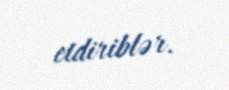
etdiriblər.